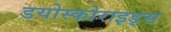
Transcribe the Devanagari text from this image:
डयोस्कोराइड्स